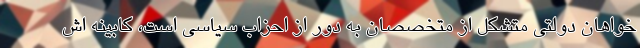
خواهان دولتی متشکل از متخصصان به دور از احزاب سیاسی است، کابینه اش